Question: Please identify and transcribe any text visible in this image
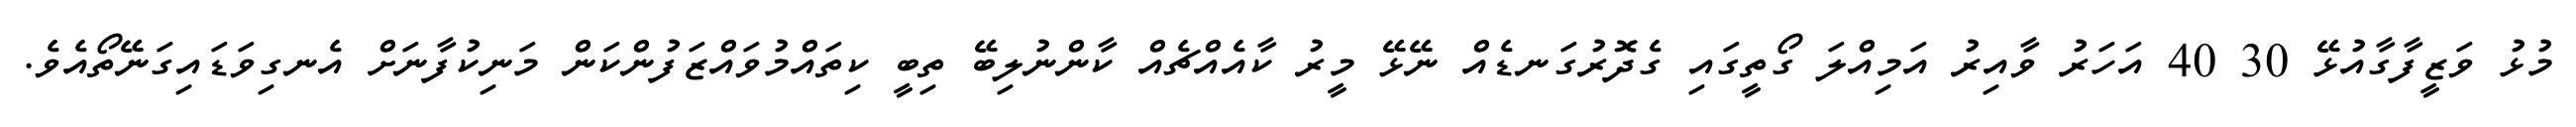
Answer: މުޅު ވަޒީފާގާއުޅޭ 30 40 އަހަރު ވާއިރު އަމިއްލަ ގޯތީގައި ގެދޮރުގަނޑެއް ނޭޅޭ މީރު ކާއެއްޗެއް ކާންނުލިބޭ ތިބީ ކިތައްމުވައްޒަފުންކަން މަނިކުފާނަށް އެނގިވަޑައިގަނޭތޯއެވެ.